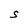
Character: S